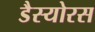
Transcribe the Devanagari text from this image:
डैस्योरस